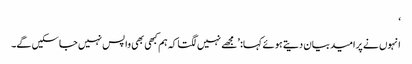
‘
انہوں نے پرامید بیان دیتے ہوئے کہا: ’مجھے نہیں لگتا کہ ہم کبھی بھی واپس نہیں جا سکیں گے۔